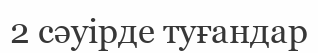
2 сәуірде туғандар